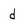
Character: d